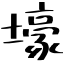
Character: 壕